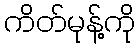
ကိတ်မုန့်ကို